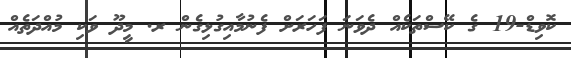
ކޮވިޑް-19 ގެ ކޭސްތަކެއް ދެވަނަ ފަހަރަށް ފެނުމާއިގުޅިގެން ރ. މީދޫ ވަކި މުއްދަތެއް